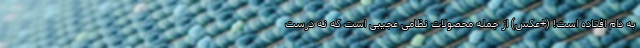
به دام افتاده است! (+عکس) از جمله محصولات نظامی عجیبی است که نه درست